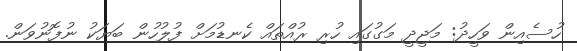
ހުސެއިން ވަހީދު: މަޖީދީ މަގުގައި ހުރި ރުއްތައް ކެނޑުމަށް ފުލުހުން ބަޔަކު ނުފޮނުވަން.